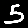
Digit: 5